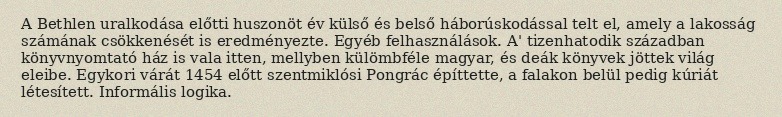
A Bethlen uralkodása előtti huszonöt év külső és belső háborúskodással telt el, amely a lakosság számának csökkenését is eredményezte. Egyéb felhasználások. A' tizenhatodik században könyvnyomtató ház is vala itten, mellyben külömbféle magyar, és deák könyvek jöttek világ eleibe. Egykori várát 1454 előtt szentmiklósi Pongrác építtette, a falakon belül pedig kúriát létesített. Informális logika.